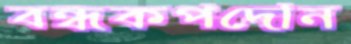
বন্ধকপদোন